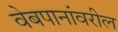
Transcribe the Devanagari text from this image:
वेबपानांवरील